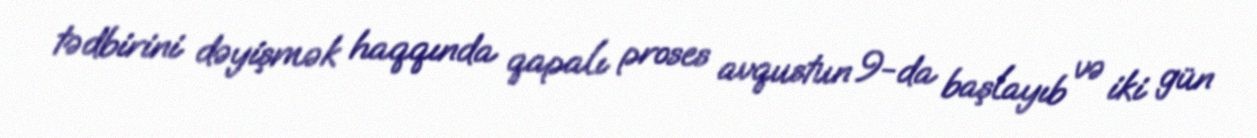
tədbirini dəyişmək haqqında qapalı proses avqustun 9-da başlayıb və iki gün